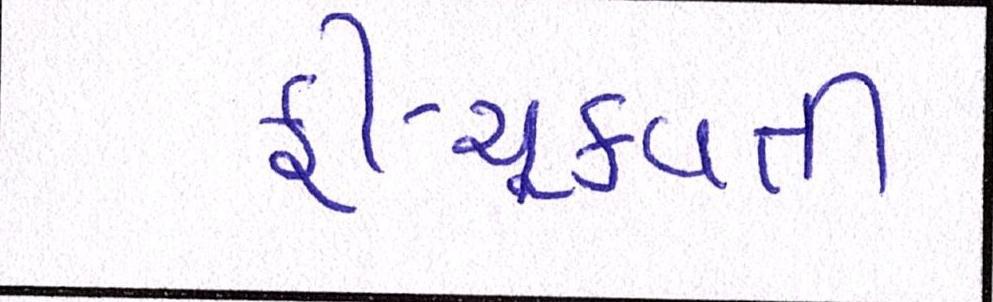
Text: ફી-ચૂકવતી